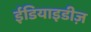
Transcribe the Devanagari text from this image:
ईडियाइडीज़